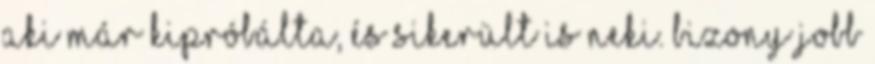
aki már kipróbálta, és sikerült is neki. Bizony jobb